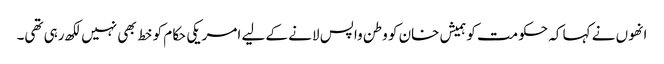
انھوں نے کہا کہ حکومت کو ہمیش خان کو وطن واپس لانے کے لیے امریکی حکام کو خط بھی نہیں لکھ رہی تھی۔